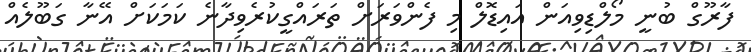
ފާރޫގް ބުނީ މޯލްޑިވިއަން އައިޑޮލް މި ފެންވަރަށް ތަރައްގީކުރެވިދާނެ ކަމަކަށް އޭނާ ގަބޫލެއް